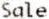
SALE